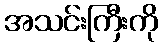
အသင်းကြီးကို